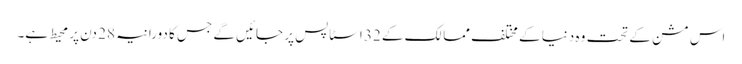
اس مشن کے تحت وہ دنیا کے مختلف ممالک کے 32 اسٹاپس پر جائیں گے جس کا دورانیہ 28 دن پر محیط ہے۔